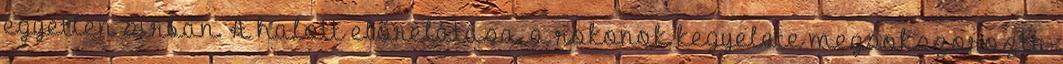
egyetlen sírban. A halott előrelátása, a rokonok kegyelete megsokszorozta